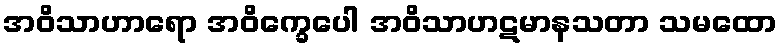
အဝိသာဟာရော အဝိက္ခေပေါ အဝိသာဟဋမာနသတာ သမထော